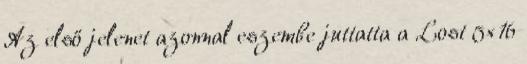
Az első jelenet azonnal eszembe juttatta a Lost 5×16